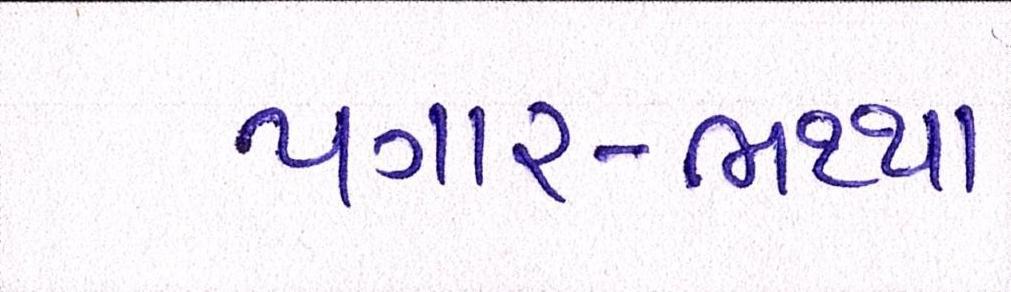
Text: પગાર-ભથ્થા